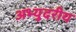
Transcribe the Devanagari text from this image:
अभ्युदरीय